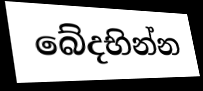
බේදභින්න